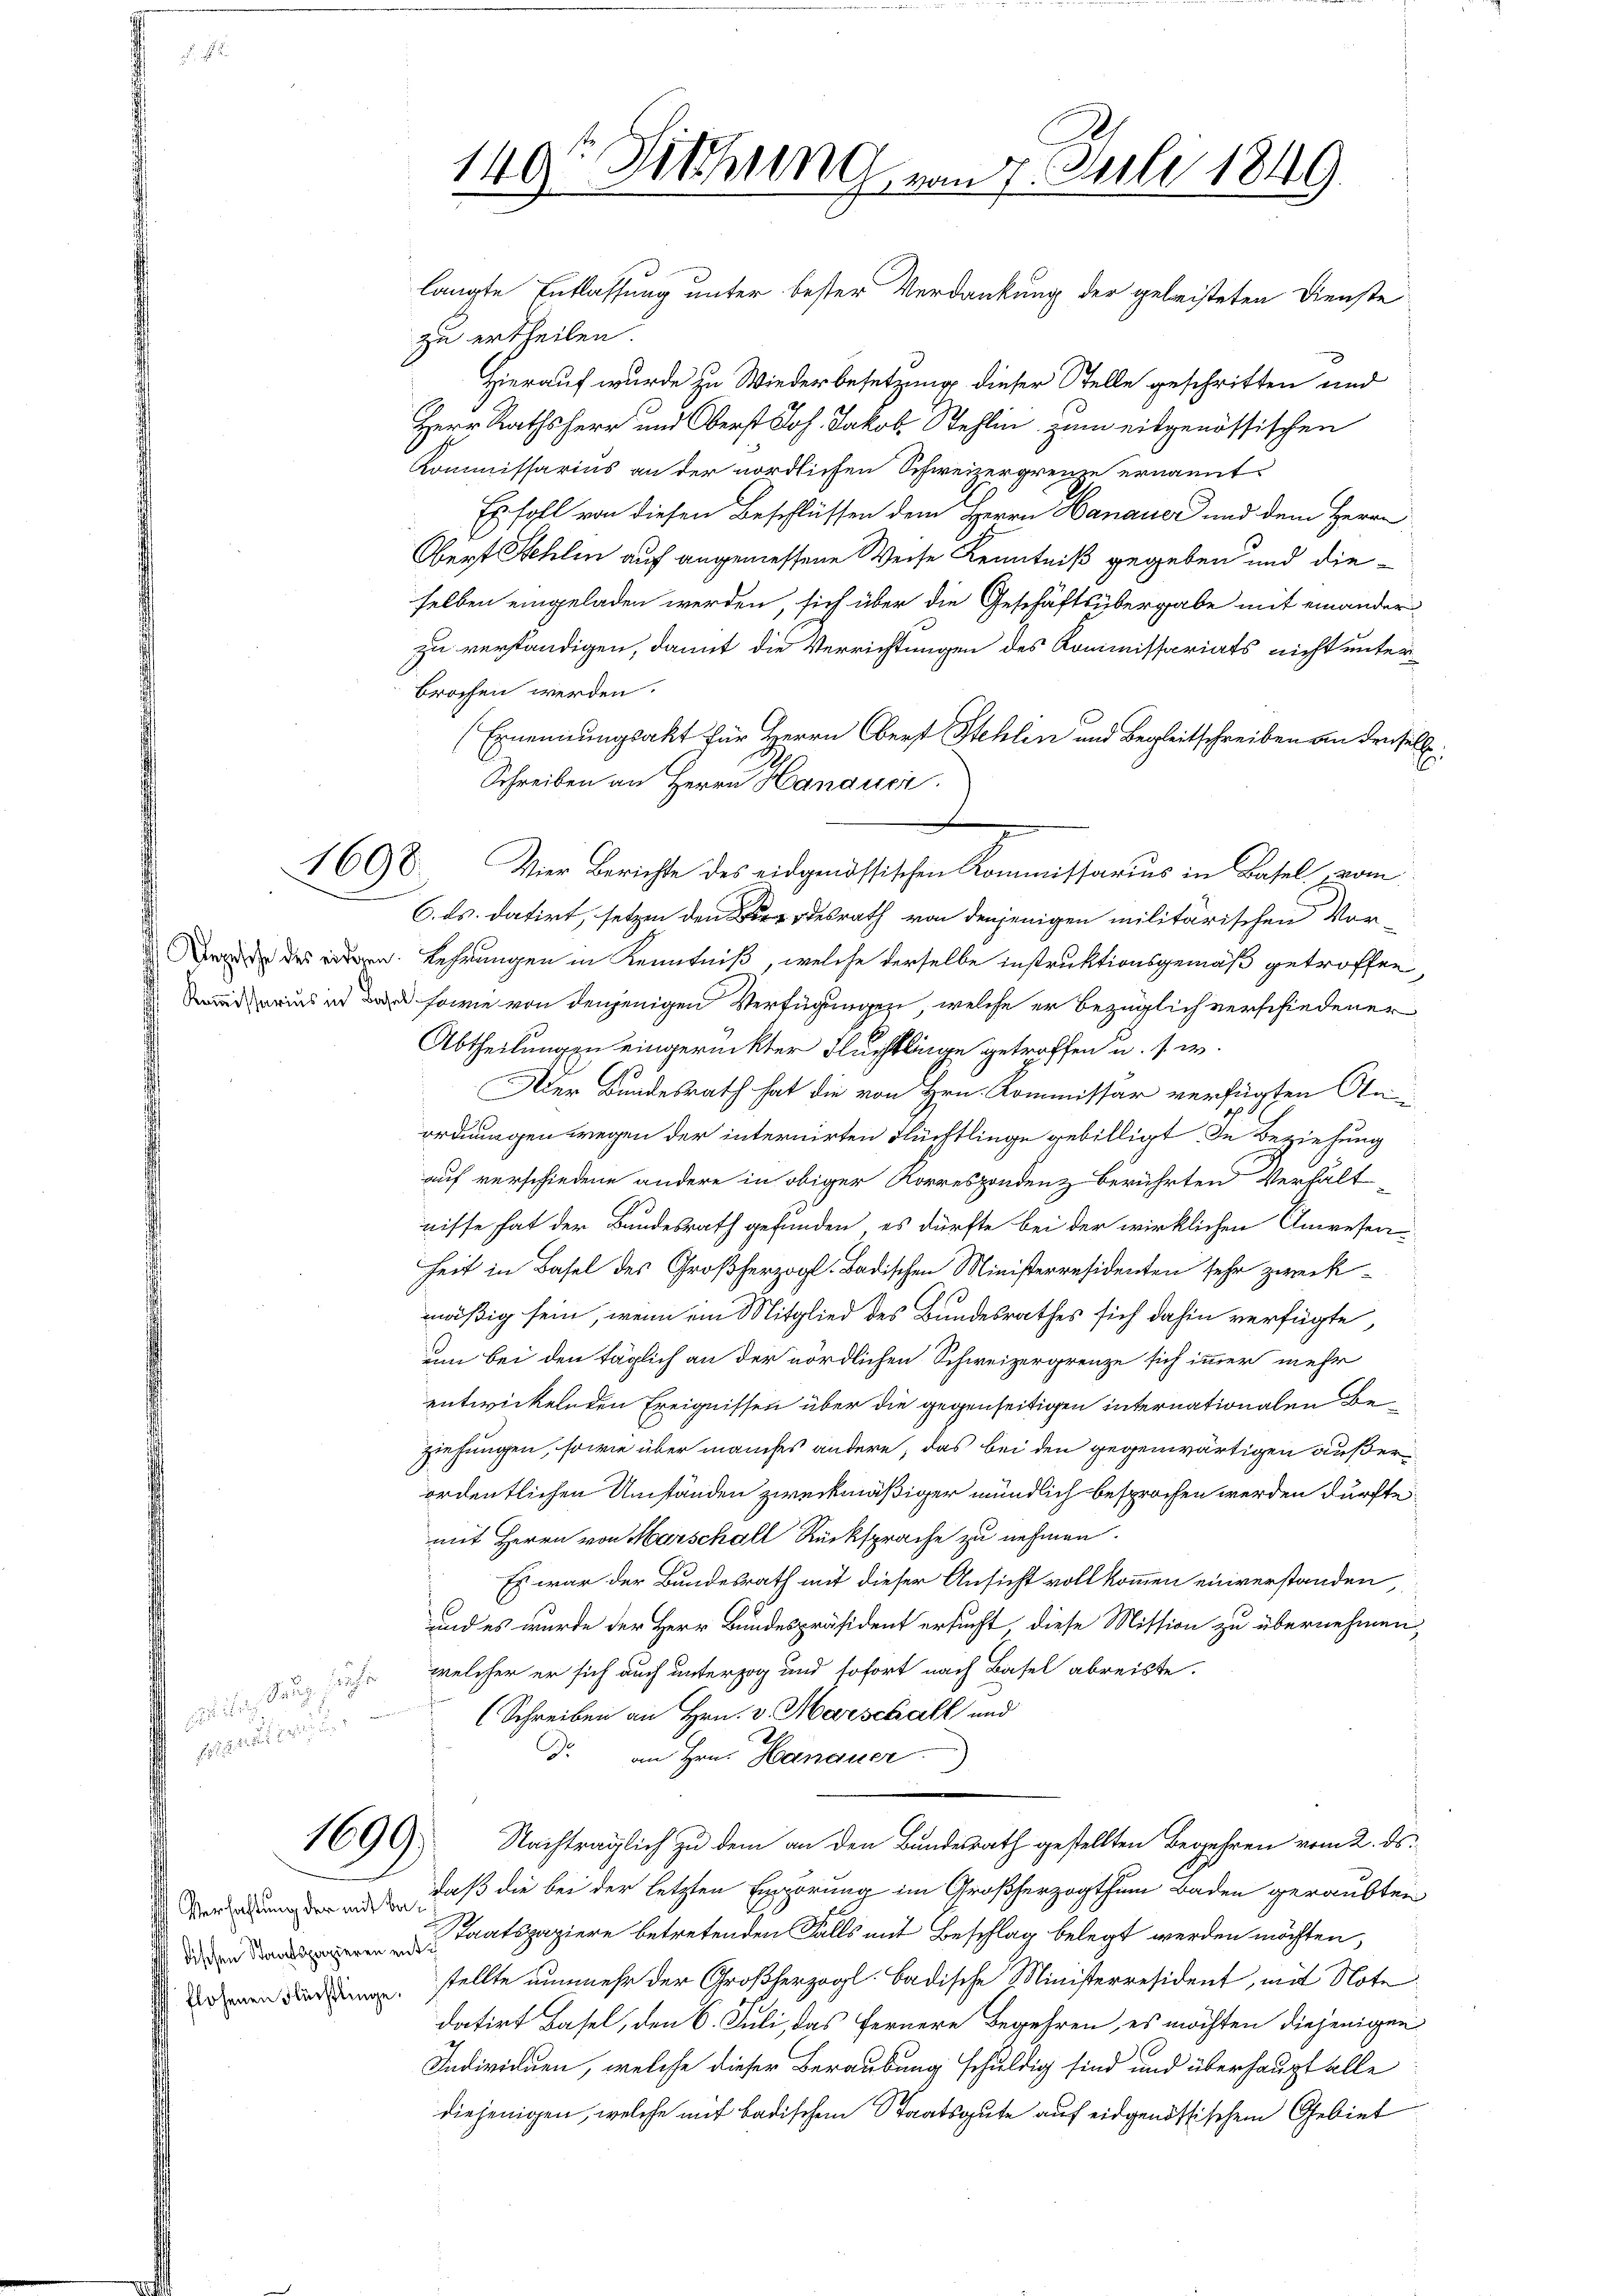
gesandten, d

langte Entlassung unter bester Verdankung der geleisteten Dienste
zu ertheilen.
Hierauf wurde zu Wiederbesetzung dieser Stelle geschritten und
Herr Rathsherr und Oberst Joh. Jakob Stehlin zum eidgenössischen
Kommissarius an der nördlichen Schweizergrenze ernannt
Es soll von diesen Beschlüssen dem Herrn Hanauer und dem Herrn
Obert Stehlin auf angemessene Weise Kenntniß gegeben und dieselben eingeladen werden, sich über die Geschäftsübergabe mit einander
zu verständigen, damit die Verrichtungen des Kommissariats nicht unterbrochen werden.
(Ernennungsakt für Herrn Oberst Stehlin und Begleitschreiben an denselbe
Schreiben an Herrn Hanauci
4698. Vier Berichte des eidgenössischen Kommissarius in Basel, vom
C. ds. datirt, setzen den desrath von denjenigen militärischen Vor-
Bande des ordern. Lehrungen in Kenntniß, welche derselbe instruktionsgemäß getroffen,
Ddius ich da sowie von denjenigen Verfügungen, welche er bezüglich verschiedener
Abtheilungen eingerückter Fluchtlinge getroffen u. s. w.
Aler Bundesrath hat die von Hrn. Kommissär verfügten An-
ordnungen wegen der internirten Flüchtlinge gebilligt. In Beziehung
auf verschiedene andere in obiger Korrespondenz berührten Verhält
nisse hat der Bundesrath gefunden, es dürfte bei der wirklichen Anwesen
heit in Basel des Großherzogl. Badischen Ministerresidenten sehr zweckmäßig sein, wenn ein Mitglied des Bundesrathes sich dahin verfügte,
um bei den täglich an der nördlichen Schweizergrenze sich immer mehr
entwickelnden Ereignissen über die gegenseitigen internationalen Beziehungen, sowie über manches andere, das bei den gegenwärtigen außerordentlichen Umständen zweckmäßiger mündlich besprochen werden dürfte.
mit Herrn von Marschall Rücksprache zu nehmen.
Es war der Bundesrath mit dieser Ansicht vollkommen einverstanden,
und es wurde der Herr Bundespräsident ersucht diese Mission zu übernehmen,
dung sehr welcher er sich auch unterzog und sofort nach Basel abreiste.
Schreiben an Hrn. v. Marschall und
. an Hrn. Hanauer
Nachträglich zu dem an den Bundesrath gestellten Begehren vom 2. ds.
daß die bei der letzten Expörung im Großherzogthum Baden geraubten
taatspapiere betretenden Falls mit Beschlag belegt werden möchten,
. stellte nunmehr der Großherzogl. Badische Ministerresident, mit Note
datirt Basel, den 6. Juli, das Fernere Begehren, es möchten diejenigen
Individuen, welche dieser Beraubung schuldig sind und überhaupt alle
diejenigen, welche mit Badischen Staatsgute auf eidgenössischem Gebiet

1899.

Verhaltung der mit Be¬

140t Fischen vom 7. Juli 1849.
J